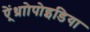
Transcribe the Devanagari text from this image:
ऐं्थ्राोपोइडिया